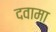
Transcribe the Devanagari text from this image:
दवामा